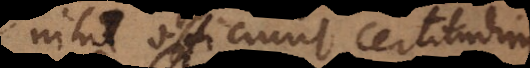
nihil officiunt certitudini.